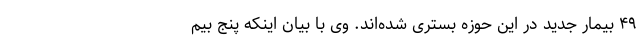
۴۹ بیمار جدید در این حوزه بستری شده‌اند. وی با بیان اینکه پنج بیم